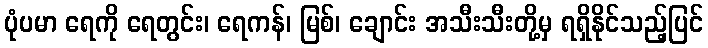
ပုံပမာ ရေကို ရေတွင်း၊ ရေကန်၊ မြစ်၊ ချောင်း အသီးသီးတို့မှ ရရှိနိုင်သည့်ပြင်